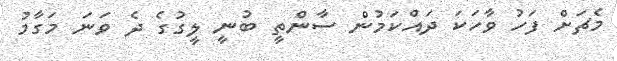
މެޗަށް ފަހު ވާހަކަ ދައްކަމުން ސާންތީ ބުނީ ލީގުގެ ދެ ވަނަ މަގާމު